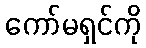
ကော်မရှင်ကို